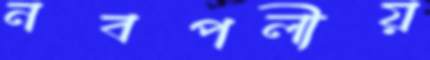
নবপলীয়